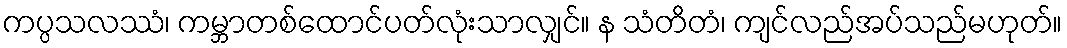
ကပ္ပသလဿံ၊ ကမ္ဘာတစ်ထောင်ပတ်လုံးသာလျှင်။ န သံတိတံ၊ ကျင်လည်အပ်သည်မဟုတ်။